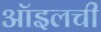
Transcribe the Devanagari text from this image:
ऑइलची